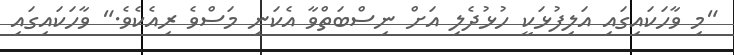
"މި ވާހަކައިގައި އަލިފުޅަކީ ހުޅުދެލި އަށް ނިސްބަތްވާ އެކަނި މަސްވެ ރިއެކެވެ." ވާހަކައިގައި